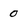
Character: 0